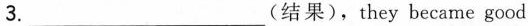
3.___(结果),they became good